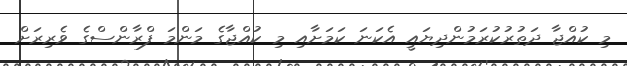
މި ކުއްޖާ ދަތުރުކުރަމުންދިޔައީ އެކަނަ ކަމަށާއި މި ކުއްޖާގެ މަންމަ ފްރާންސްގެ ވެރިރަށް